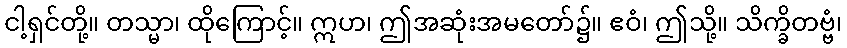
ငါ့ရှင်တို့။ တသ္မာ၊ ထိုကြောင့်။ ဣဟ၊ ဤအဆုံးအမတော်၌။ ဧဝံ၊ ဤသို့။ သိက္ခိတဗ္ဗံ၊